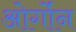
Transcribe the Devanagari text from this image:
ओर्गोन